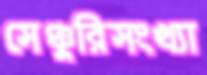
সেঞ্চুরিসংখ্যা